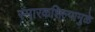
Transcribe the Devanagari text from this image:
स्मारकशिल्पामुळे